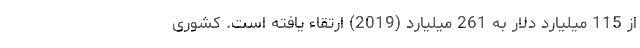
از 115 میلیارد دلار به 261 میلیارد (2019) ارتقاء یافته است. کشوری